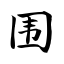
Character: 围